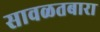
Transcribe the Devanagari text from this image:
सावळतबारा